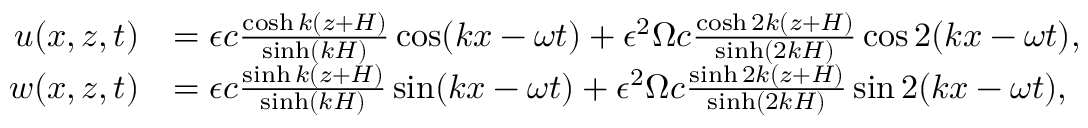
\begin{array} { r l } { u ( x , z , t ) } & { = \epsilon c \frac { \cosh k ( z + H ) } { \sinh ( k H ) } \cos ( k x - \omega t ) + \epsilon ^ { 2 } \Omega c \frac { \cosh 2 k ( z + H ) } { \sinh ( 2 k H ) } \cos 2 ( k x - \omega t ) , } \\ { w ( x , z , t ) } & { = \epsilon c \frac { \sinh k ( z + H ) } { \sinh ( k H ) } \sin ( k x - \omega t ) + \epsilon ^ { 2 } \Omega c \frac { \sinh 2 k ( z + H ) } { \sinh ( 2 k H ) } \sin 2 ( k x - \omega t ) , } \end{array}